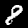
Digit: 8